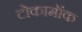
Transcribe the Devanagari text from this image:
टोकामॉक